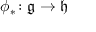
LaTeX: \phi _ { * } \colon { \mathfrak { g } } \to { \mathfrak { h } }